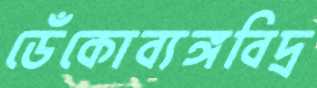
ডেঁকোব্যঙ্গবিদ্র